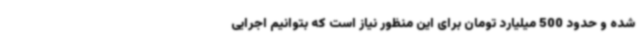
شده و حدود 500 میلیارد تومان برای این منظور نیاز است که بتوانیم اجرایی